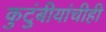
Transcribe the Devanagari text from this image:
कुटुंबीयांचीही